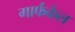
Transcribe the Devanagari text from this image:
गार्फंकेल